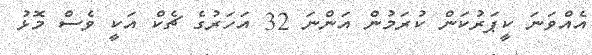
އެއްވަނަ ކީޕަރުކަން ކުރަމުން އަންނަ 32 އަހަރުގެ ޗެކް އަކީ ވެސް މޮޅު